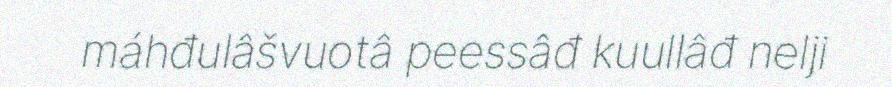
máhđulâšvuotâ peessâđ kuullâđ nelji